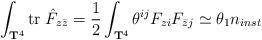
LaTeX: \begin{align*}\int_{{\bf T}^4} \mbox{tr}\; \hat{F}_{z\bar{z}}={1\over 2}\int_{{\bf T}^4} \theta^{ij} F_{zi} F_{\bar{z}j}\simeq \theta_1 n_{inst}\end{align*}